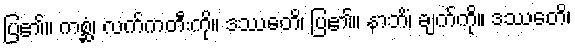
ပြ၏။ ကစ္ဆံ၊ လက်ကတီးကို။ ဒဿေတိ၊ ပြ၏။ နာဘိံ၊ ချက်ကို။ ဒဿေတိ၊